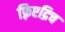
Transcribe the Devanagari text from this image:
फ़्रिएद्रिच